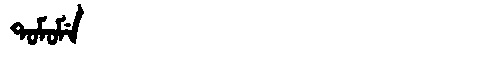
Manchu: ᡨᠣᠮᠣᠮᡝ
Romanization: TOMOME